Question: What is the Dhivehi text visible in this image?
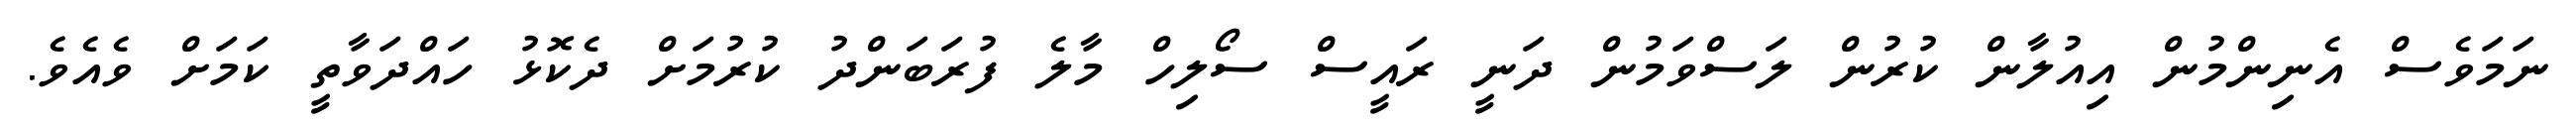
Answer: ނަމަވެސް އެނިންމުން އިއުލާން ކުރުން ލަސްވަމުން ދަނީ ރައީސް ސޯލިހް މާލެ ފުރަބަންދު ކުރުމަށް ދެކޮޅު ހައްދަވާތީ ކަމަށް ވެއެވެ.